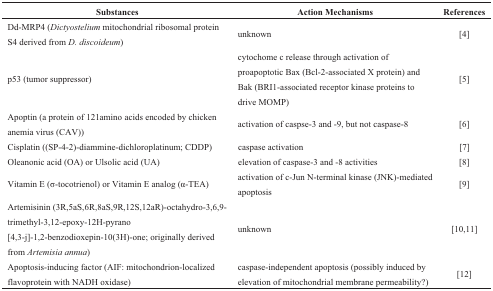
<table><thead><tr><td><b>Substances</b></td><td><b>Action Mechanisms</b></td><td><b>References</b></td></tr></thead><tbody><tr><td>Dd-MRP4 (<i>Dictyostelium</i> mitochondrial ribosomal protein S4 derived from <i>D. discoideum</i>)</td><td>unknown</td><td>[4]</td></tr><tr><td>p53 (tumor suppressor)</td><td>cytochome c release through activation of proapoptotic Bax (Bcl-2-associated X protein) and Bak (BRI1-associated receptor kinase proteins to drive MOMP)</td><td>[5]</td></tr><tr><td>Apoptin (a protein of 121amino acids encoded by chicken anemia virus (CAV))</td><td>activation of caspse-3 and -9, but not caspase-8</td><td>[6]</td></tr><tr><td>Cisplatin ((SP-4-2)-diammine-dichloroplatinum; CDDP)</td><td>caspase activation</td><td>[7]</td></tr><tr><td>Oleanonic acid (OA) or Ulsolic acid (UA)</td><td>elevation of caspase-3 and -8 activities</td><td>[8]</td></tr><tr><td>Vitamin E (σ-tocotrienol) or Vitamin E analog (α-TEA)</td><td>activation of c-Jun N-terminal kinase (JNK)-mediated apoptosis</td><td>[9]</td></tr><tr><td>Artemisinin (3R,5aS,6R,8aS,9R,12S,12aR)-octahydro-3,6,9- trimethyl-3,12-epoxy-12H-pyrano [4,3-j]-1,2-benzodioxepin-10(3H)-one; originally derived from <i>Artemisia annua</i>)</td><td>unknown</td><td>[10,11]</td></tr><tr><td>Apoptosis-inducing factor (AIF: mitochondrion-localized flavoprotein with NADH oxidase)</td><td>caspase-independent apoptosis (possibly induced by elevation of mitochondrial membrane permeability?)</td><td>[12]</td></tr></tbody></table>